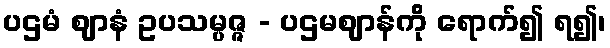
ပဌမံ ဈာနံ ဥပသမ္ပဇ္ဇ - ပဌမဈာန်ကို ရောက်၍ ရ၍၊